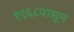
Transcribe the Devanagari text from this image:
१९६८पासून